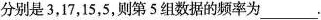
分别是3，17，15，5，则第5组数据的频率为___.